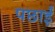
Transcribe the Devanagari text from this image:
पछाईं